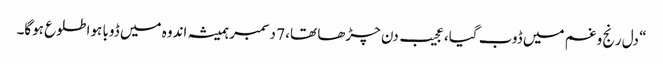
“ دل رنج و غم میں ڈوب گیا، عجیب دن چڑھا تھا، 7 دسمبر ہمیشہ اندوہ میں ڈوبا ہوا طلوع ہوگا۔